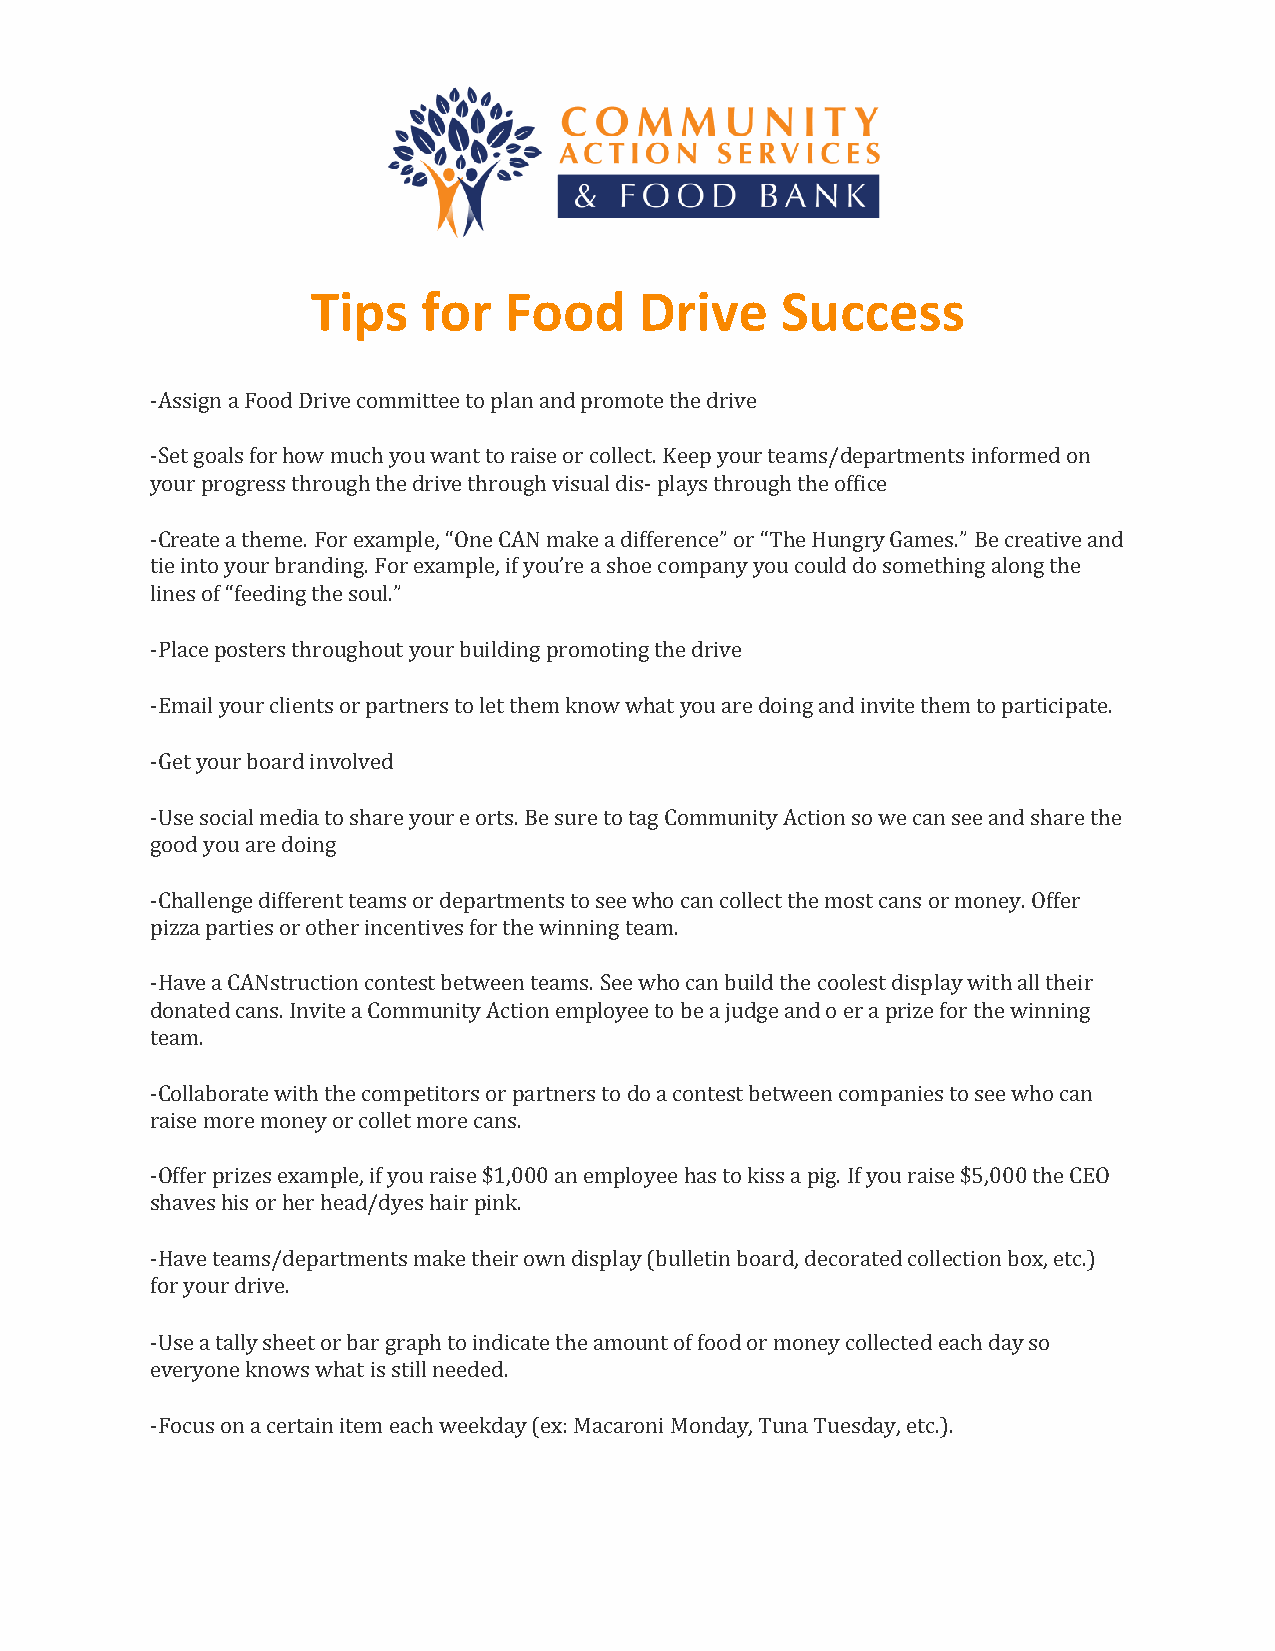
Tips   for  Food     Drive     Success
 -Assign a Food Drive committee to plan and promote the drive
 -Set goals for how much you want to raise or collect. Keep your teams/departments informed on
 your progress through the drive through visual dis- plays through the office
 -Create a theme. For example, “One CAN make a difference” or “The Hungry Games.” Be creative and
 tie into your branding. For example, if you’re a shoe company you could do something along the
 lines of “feeding the soul.”
 -Place posters throughout your building promoting the drive
 -Email your clients or partners to let them know what you are doing and invite them to participate.
 -Get your board involved
 -Use social media to share your e orts. Be sure to tag Community Action so we can see and share the
 good you are doing
 -Challenge different teams or departments to see who can collect the most cans or money. Offer
 pizza parties or other incentives for the winning team.
 -Have a CANstruction contest between teams. See who can build the coolest display with all their
 donated cans. Invite a Community Action employee to be a judge and o er a prize for the winning
 team.
 -Collaborate with the competitors or partners to do a contest between companies to see who can
 raise more money or collet more cans.
 -Offer prizes example, if you raise $1,000 an employee has to kiss a pig. If you raise $5,000 the CEO
 shaves his or her head/dyes hair pink.
 -Have teams/departments make their own display (bulletin board, decorated collection box, etc.)
 for your drive.
 -Use a tally sheet or bar graph to indicate the amount of food or money collected each day so
 everyone knows what is still needed.
 -Focus on a certain item each weekday (ex: Macaroni Monday, Tuna Tuesday, etc.).